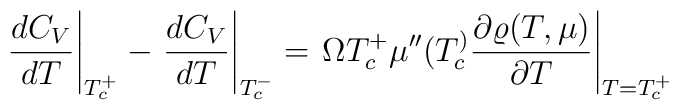
\left.\frac{dC_V}{dT}\right|_{T_c^+}-\left.\frac{dC_V}{dT}\right|_{T_c^-} =\left. \Omega T_c^+\mu''(T_c^)\frac{\partial\varrho(T,\mu)}{\partial T}\right|_{T=T_c^+}